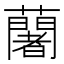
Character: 𮒼